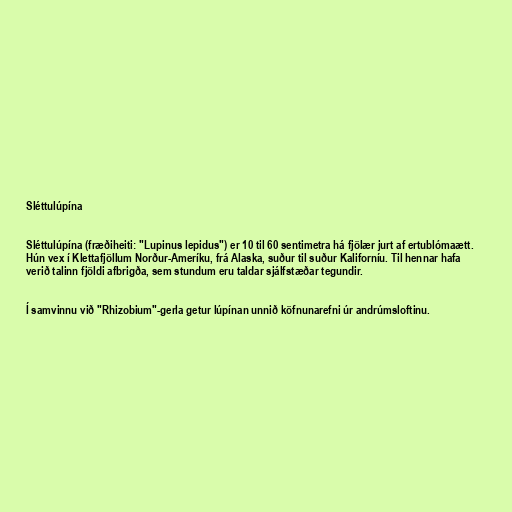
Sléttulúpína

Sléttulúpína (fræðiheiti: "Lupinus lepidus") er 10 til 60 sentimetra há fjölær jurt af ertublómaætt.
Hún vex í Klettafjöllum Norður-Ameríku, frá Alaska, suður til suður Kaliforníu. Til hennar hafa
verið talinn fjöldi afbrigða, sem stundum eru taldar sjálfstæðar tegundir.

Í samvinnu við "Rhizobium"-gerla getur lúpínan unnið köfnunarefni úr andrúmsloftinu.